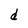
Character: d